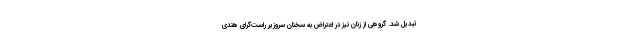
تبدیل شد. گروهی از زنان نیز در اعتراض به سخنان سروزیر راست‌گرای هندی